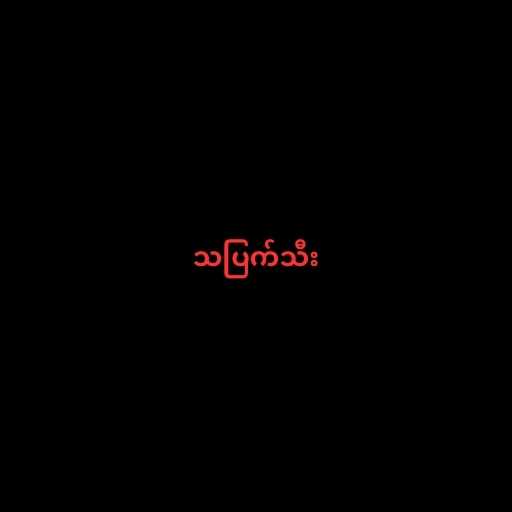
သပြက်သီး